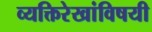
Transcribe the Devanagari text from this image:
व्यक्तिरेखांविषयी